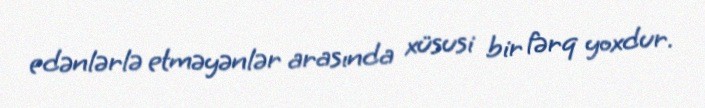
edənlərlə etməyənlər arasında xüsusi bir fərq yoxdur.